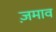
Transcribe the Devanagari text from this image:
ज़माव